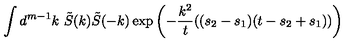
\int d ^ { m - 1 } k \ \tilde { S } ( k ) \tilde { S } ( - k ) \exp \left( - \frac { k ^ { 2 } } { t } ( ( s _ { 2 } - s _ { 1 } ) ( t - s _ { 2 } + s _ { 1 } ) ) \right)